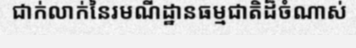
ជាក់លាក់នៃរមណីដ្ឋានធម្មជាតិដ៏ចំណាស់